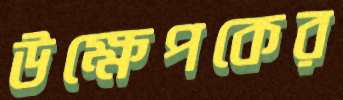
উক্ষেপকের